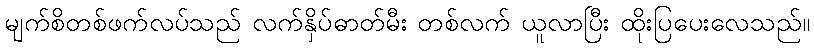
မျက်စိတစ်ဖက်လပ်သည် လက်နှိပ်ဓာတ်မီး တစ်လက် ယူလာပြီး ထိုးပြပေးလေသည်။